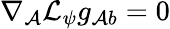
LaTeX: \nabla_{\mathcal{A}}\mathcal{{L}}_{\psi}g_{\mathcal{A}b}=0